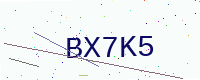
Text: BX7K5